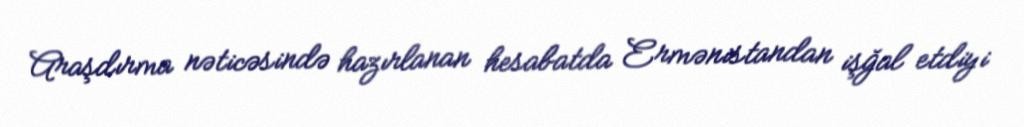
Araşdırma nəticəsində hazırlanan hesabatda Ermənistandan işğal etdiyi